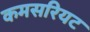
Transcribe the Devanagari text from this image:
कमसरियट